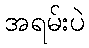
အရမ်းပဲ